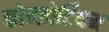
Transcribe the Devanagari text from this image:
कोन्सोर्टियम